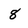
Character: 8